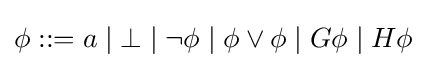
\phi ::=a\;|\;\bot \;|\;\lnot \phi \;|\;\phi \lor \phi \;|\;G\phi \;|\;H\phi